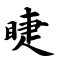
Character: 睫